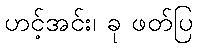
ဟင့်အင်း၊ ခု ဖတ်ပြ